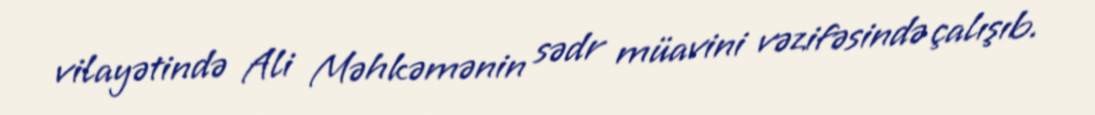
vilayətində Ali Məhkəmənin sədr müavini vəzifəsində çalışıb.